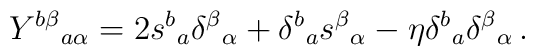
Y^{b\beta}{}_{a\alpha}=2s^{b}{}_{a}\delta^{\beta}{}_{\alpha}+\delta^{b}{}_{a}s^{\beta}{}_{\alpha}-\eta\delta^{b}{}_{a}\delta^{\beta}{}_{\alpha}\,.